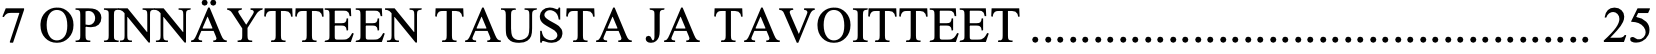
7 OPINNÄYTTEEN TAUSTA JA TAVOITTEET ............................................. 25